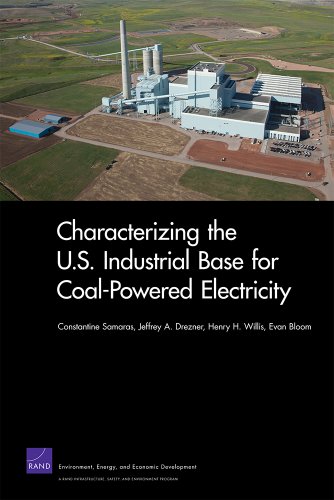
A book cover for Characterizing the U.S. Industrial Base for Coal-Powered Electricity (Rand Corporation Monograph); Constantine Samaras; Law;